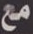
مع